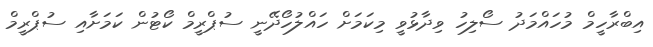
އިބްރާހީމް މުހައްމަދު ސޯލިހު ވިދާޅުވީ މިކަމަށް ހައްލުހޯދޭނީ ސުޕްރީމް ކޯޓުން ކަމަށާއި ސުޕްރީމް